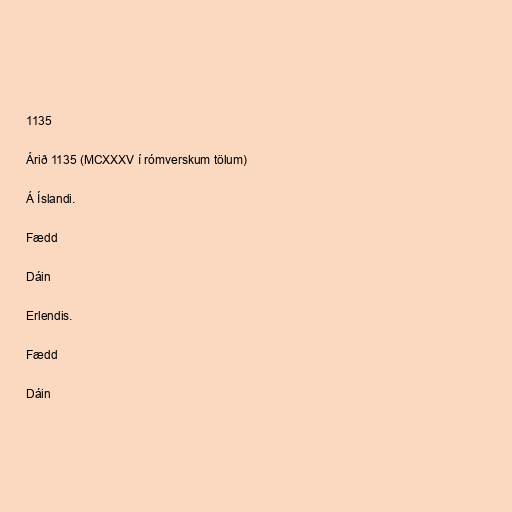
1135

Árið 1135 (MCXXXV í rómverskum tölum)

Á Íslandi.

Fædd

Dáin

Erlendis.

Fædd

Dáin